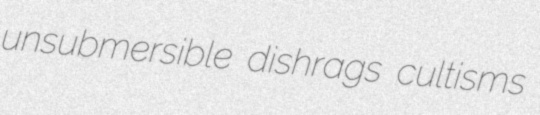
unsubmersible dishrags cultisms